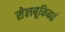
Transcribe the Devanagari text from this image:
सेलयूकियाई